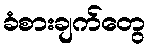
ခံစားချက်တွေ